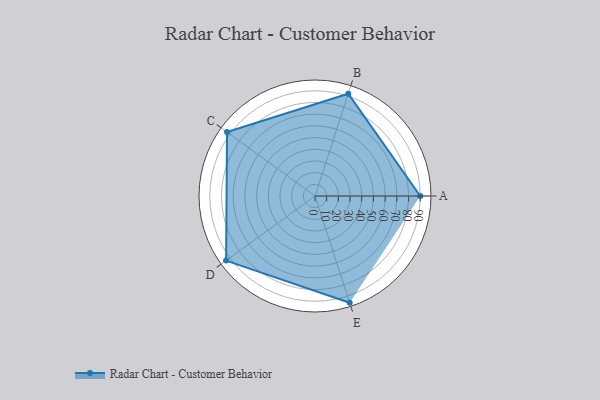
{"axis": {"x": "Skill", "y": "Score"}, "legend": ["Profile"], "data": [{"x": "A", "y": 90.0, "type": "Profile"}, {"x": "B", "y": 92.0, "type": "Profile"}, {"x": "C", "y": 93.0, "type": "Profile"}, {"x": "D", "y": 94.0, "type": "Profile"}, {"x": "E", "y": 96.0, "type": "Profile"}]}